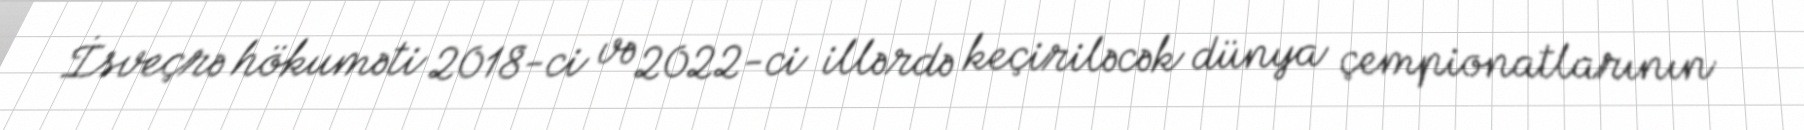
İsveçrə hökuməti 2018-ci və 2022-ci illərdə keçiriləcək dünya çempionatlarının